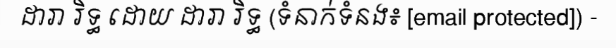
ដារា រិទ្ធ ដោយ ដារា រិទ្ធ (ទំនាក់ទំនង៖ [email protected]) -